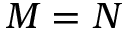
M = N